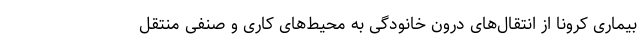
بیماری کرونا از انتقال‌های درون خانودگی به محیط‌های کاری و صنفی منتقل